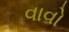
વાવો